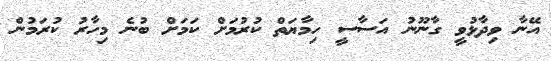
އޭނާ ވިދާޅުވީ ގާނޫނު އަސާސީ ހިމާޔަތް ކުރުމަށް ކަމަށް ބުނެ މިހާރު ކުރަމުން